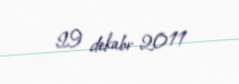
29 dekabr 2011